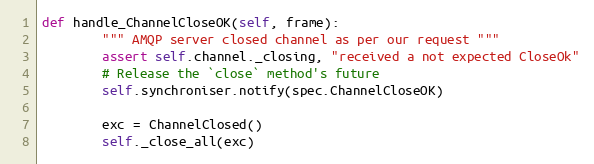
Language: Python
def handle_ChannelCloseOK(self, frame):
        """ AMQP server closed channel as per our request """
        assert self.channel._closing, "received a not expected CloseOk"
        # Release the `close` method's future
        self.synchroniser.notify(spec.ChannelCloseOK)

        exc = ChannelClosed()
        self._close_all(exc)